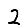
Digit: 2